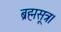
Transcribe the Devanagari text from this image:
ब्रह्मसूत्र।